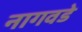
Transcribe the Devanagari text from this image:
नागवडे